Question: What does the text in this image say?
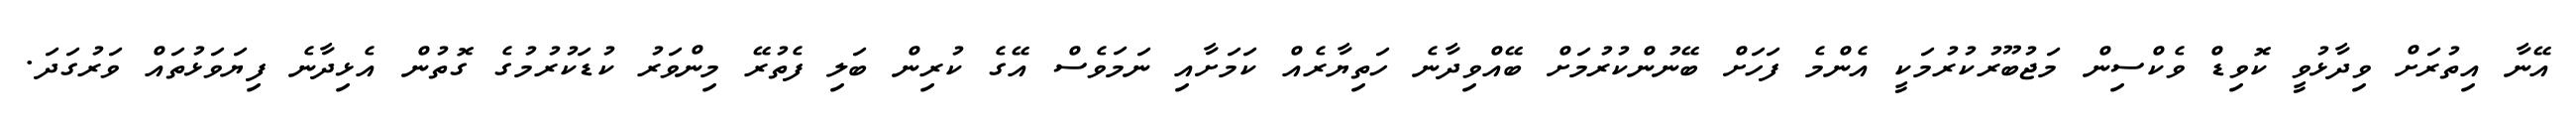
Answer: އޭނާ އިތުރަށް ވިދާޅުވީ ކޮވިޑް ވެކްސިން މަޖުބޫރުކުރުމަކީ އެންމެ ފަހަށް ބޭނުންކުރުމަށް ބޭއްވިދާނެ ހަތިޔާރެއް ކަމަށާއި ނަމަވެސް އޭގެ ކުރިން ބަލި ފެތުރޭ މިންވަރު ކުޑަކުރުމުގެ ގޮތުން އެޅިދާނެ ފިޔަވަޅުތައް ވަރުގަދަ.